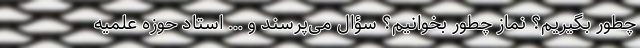
چطور بگیریم؟ نماز چطور بخوانیم؟ سؤال می‌پرسند و … استاد حوزه علمیه